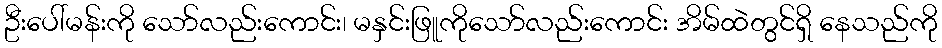
ဦးပေါ်မန်းကို သော်လည်းကောင်း၊ မနှင်းဖြူကိုသော်လည်းကောင်း အိမ်ထဲတွင်ရှိ နေသည်ကို